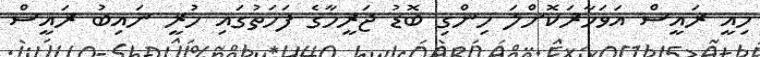
މިއީ ރައީސް އަވަހާޜަކޮށްލަ ހިންގި ބޮޑު ޖަރީމާގެ ފަހަތުގައި ހުރީ ނައިބު ރައީސް